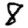
Digit: 8